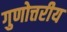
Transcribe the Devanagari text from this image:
गुणोत्तरीय